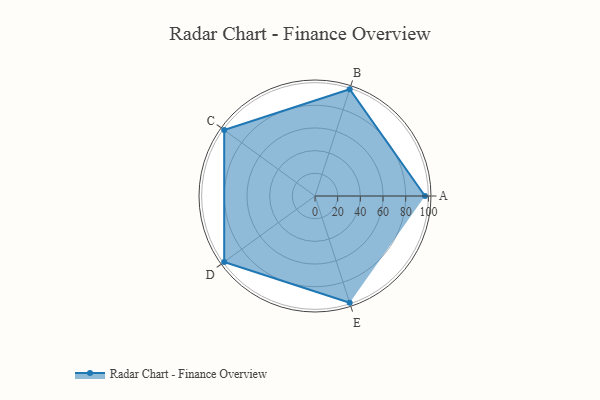
{"axis": {"x": "Skill", "y": "Score"}, "legend": ["Profile"], "data": [{"x": "A", "y": 97.0, "type": "Profile"}, {"x": "B", "y": 99, "type": "Profile"}, {"x": "C", "y": 99, "type": "Profile"}, {"x": "D", "y": 99, "type": "Profile"}, {"x": "E", "y": 99, "type": "Profile"}]}